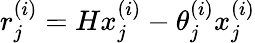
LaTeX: r_{j}^{(i)}=Hx_{j}^{(i)}-\theta_{j}^{(i)}x_{j}^{(i)}